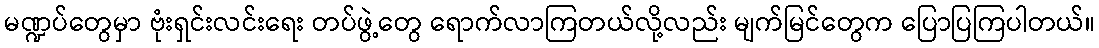
မဏ္ဍပ်တွေမှာ ဗုံးရှင်းလင်းရေး တပ်ဖွဲ့တွေ ရောက်လာကြတယ်လို့လည်း မျက်မြင်တွေက ပြောပြကြပါတယ်။